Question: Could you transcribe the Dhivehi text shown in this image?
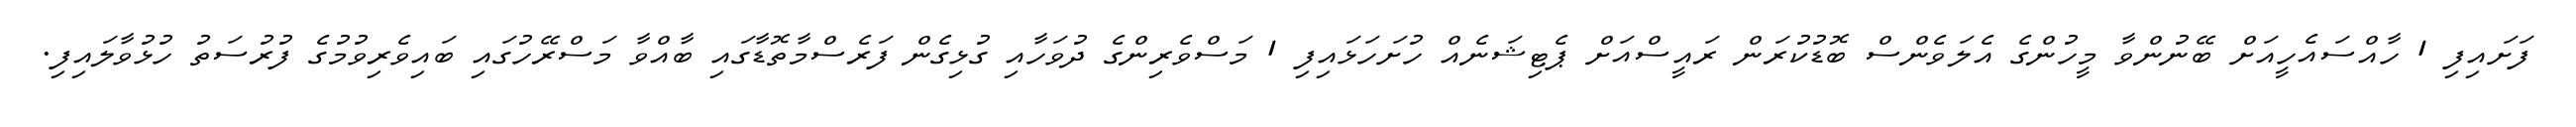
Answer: ފަށައިފި 1 ހާއްސައެހީއަށް ބޭނުންވާ މީހުންގެ އެލަވެންސް ބޮޑުކުރަން ރައީސްއަށް ޕެޓިޝަނެއް ހުށަހަޅައިފި 1 މަސްވެރިންގެ ދުވަހާއި ގުޅިގެން ފަރެސްމާތޮޑާގައި ބާއްވާ މަސްރޭހުގައި ބައިވެރިވުމުގެ ފުރުސަތު ހުޅުވާލައިފި.